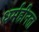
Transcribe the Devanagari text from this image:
धर्महीनता